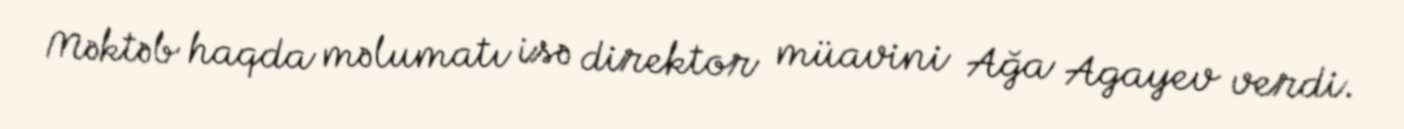
Məktəb haqda məlumatı isə direktor müavini Ağa Agayev verdi.